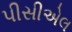
પીસીએલ